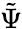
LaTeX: \tilde{\Psi}